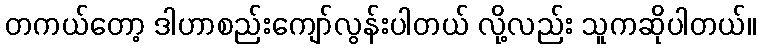
တကယ်တော့ ဒါဟာစည်းကျော်လွန်းပါတယ် လို့လည်း သူကဆိုပါတယ်။